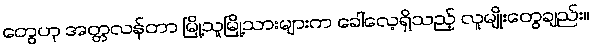
တွေဟု အတ္တလန်တာ မြို့သူမြို့သားများက ခေါ်လေ့ရှိသည့် လူမျိုးတွေချည်း။